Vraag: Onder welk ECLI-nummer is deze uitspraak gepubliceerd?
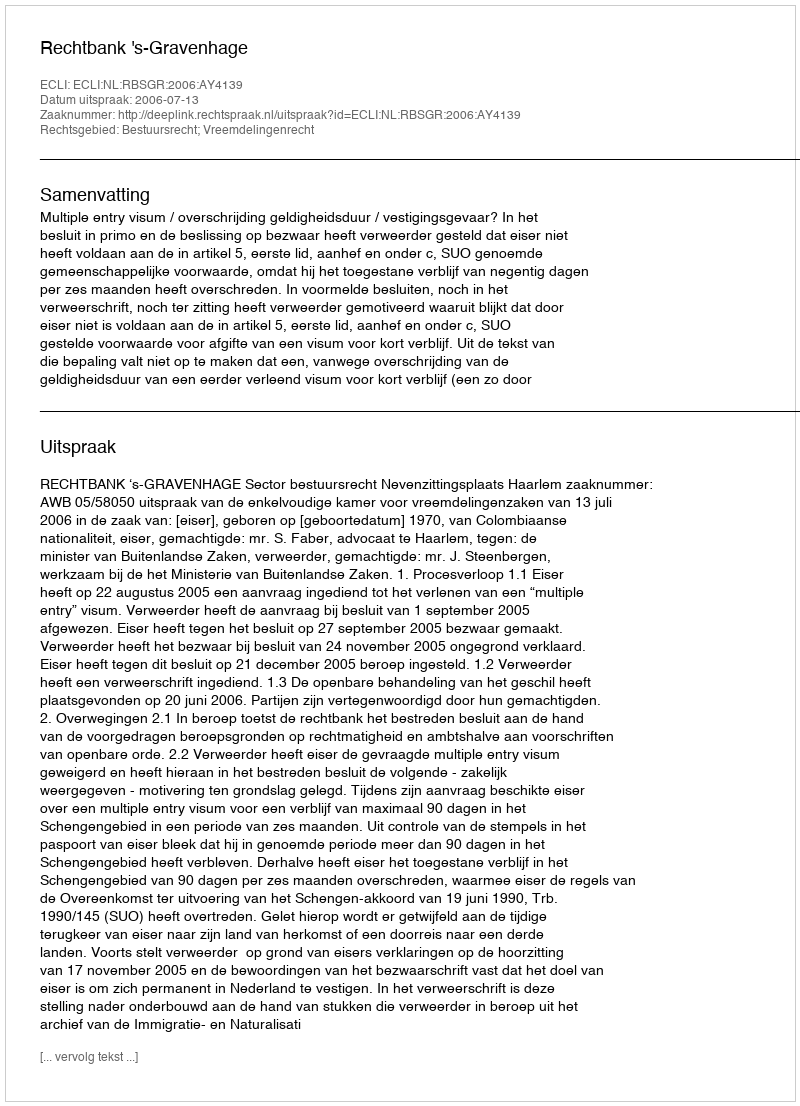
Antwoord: ECLI:NL:RBSGR:2006:AY4139